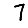
Digit: 7